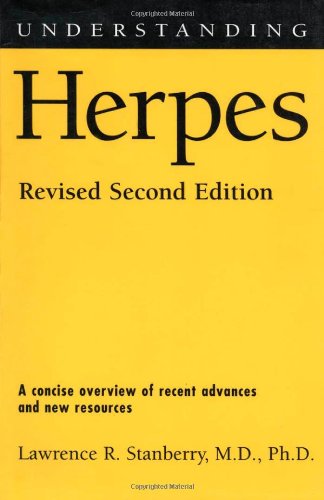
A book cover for Understanding Herpes, 2nd Ed (Understanding Health and Sickness Series); Lawrence R. Stanberry; Health, Fitness & Dieting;